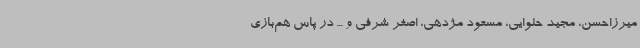
میرزاحسن، مجید حلوایی، مسعود مژدهی، اصغر شرفی و ... در پاس هم‌بازی